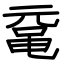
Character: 鼋